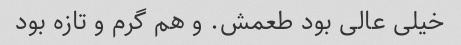
خیلی عالی بود طعمش. و هم گرم و تازه بود